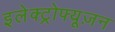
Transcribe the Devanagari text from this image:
इलेक्ट्रोफ्यूज़न